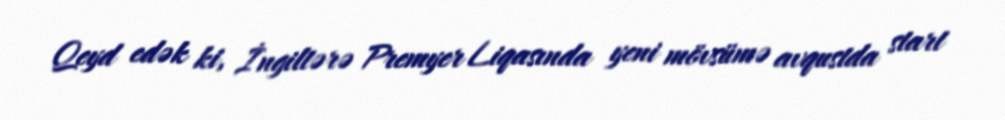
Qeyd edək ki, İngiltərə Premyer Liqasında yeni mövsümə avqustda start